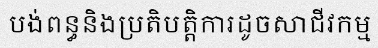
បង់ពន្ធនិងប្រតិបត្តិការដូចសាជីវកម្ម